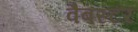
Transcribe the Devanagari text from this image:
वैबस्टर